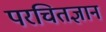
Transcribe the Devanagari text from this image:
परचितज्ञान